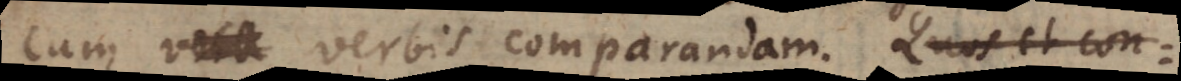
cum voca verbis comparandam. Quos et con